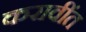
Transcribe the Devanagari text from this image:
करावींत